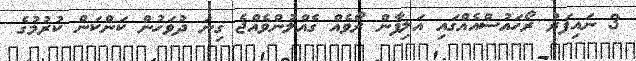
3 ނައިފަރު ރޯހައުސްއެއްގައި އަލިފާން ރޯވެއް ގެއްލުންވެއްޖެ ގިނަ ދުވަހުން ކަންކަން ކުރުމުގެ